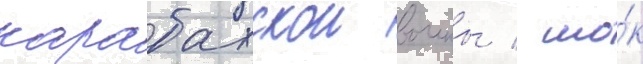
карабахскои воины / шо́к